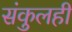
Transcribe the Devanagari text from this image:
संकुलही